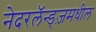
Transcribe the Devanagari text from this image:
नेदरलॅन्ड्ज़मधील